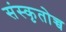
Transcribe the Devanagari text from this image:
संस्कृतोच्च